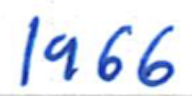
Text: 1966
Cross-out: clean
Writing tool: ballpoint